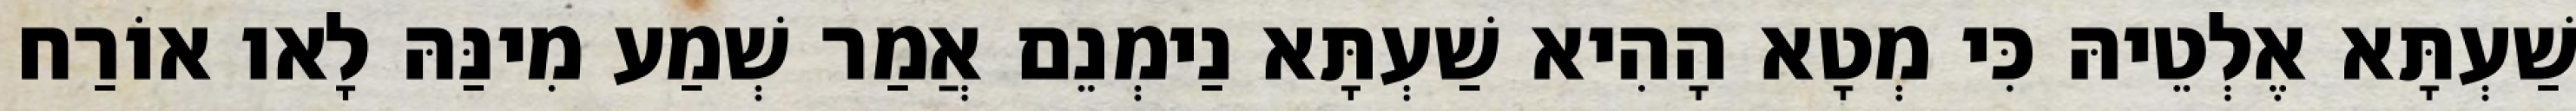
שַׁעְתָּא אֶלְטֵיהּ כִּי מְטָא הָהִיא שַׁעְתָּא נַימְנֵם אֲמַר שְׁמַע מִינַּהּ לָאו אוֹרַח